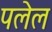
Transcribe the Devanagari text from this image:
पलेल